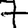
Digit: 7